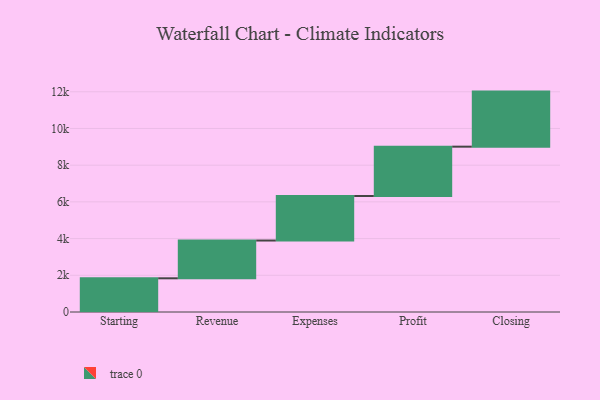
{"axis": {"x": "Step", "y": "Value"}, "legend": [""], "data": [{"x": "Starting", "y": 1836.0, "type": ""}, {"x": "Revenue", "y": 2058.0, "type": ""}, {"x": "Expenses", "y": 2426.0, "type": ""}, {"x": "Profit", "y": 2688.0, "type": ""}, {"x": "Closing", "y": 3000, "type": ""}]}